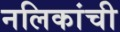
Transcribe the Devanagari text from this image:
नलिकांची